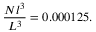
\frac { N l ^ { 3 } } { L ^ { 3 } } = 0 . 0 0 0 1 2 5 .